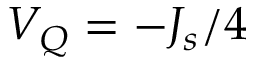
V _ { Q } = - J _ { s } / 4